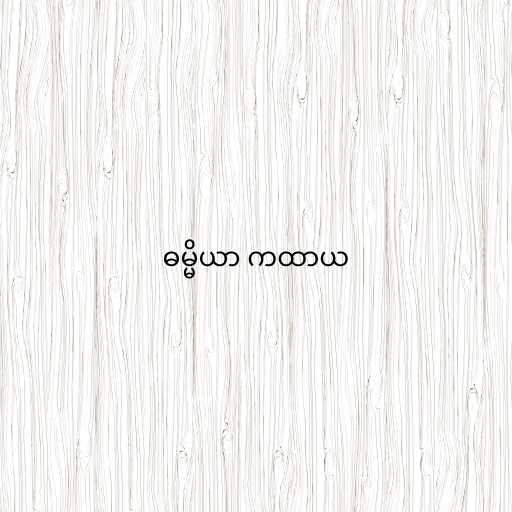
ဓမ္မိယာ ကထာယ